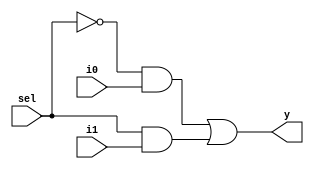
module mux21(
 input [1:0]i0,i1,
 input sel,
 output [1:0]y
 );
 

 
  assign y =  (~(sel) & i0) | sel &i1;

  

  
 
endmodule